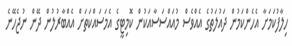
ހިލާފުކަމަށާ އެހެންކަމުން ދައުލަތުގެ އެއްވެސް މުއައްސަސާއަކުން ކޮމިޓީގެ އެމަސައްކަތަށް އެއްބާރުލުން ދޭން ނުޖެހޭނެ